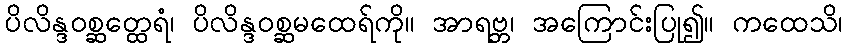
ပိလိန္ဒဝစ္ဆတ္ထေရံ၊ ပိလိန္ဒဝစ္ဆမထေရ်ကို။ အာရဗ္ဘ၊ အကြောင်းပြု၍။ ကထေသိ၊